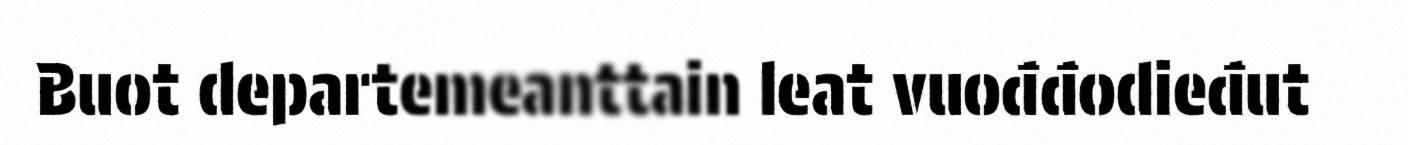
Buot departemeanttain leat vuođđodieđut